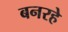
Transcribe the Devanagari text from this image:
बनरहे